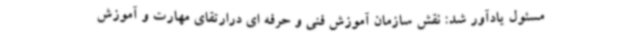
مسئول یادآور شد: نقش سازمان آموزش فنی و حرفه ای درارتقای مهارت و آموزش